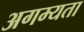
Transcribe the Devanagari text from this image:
अगम्यता